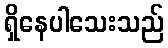
ရှိနေပါသေးသည်